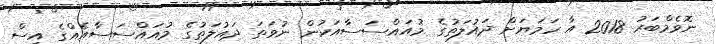
ނޮވެމްބަރު 2018 އާ ހަމަޔަށް ދައުލަތުގެ މުއައްސަސާއަކުން ނުވަތަ ދައުލަތުގެ މުއައްސަސާއެއްގެ އިސް